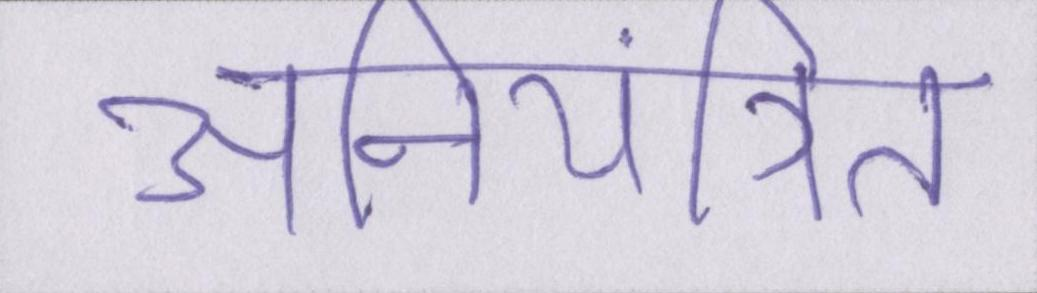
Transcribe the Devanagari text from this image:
अनियंत्रित